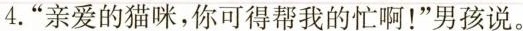
4. ”亲爱的猫咪，你可得帮我的忙啊！”男孩说。